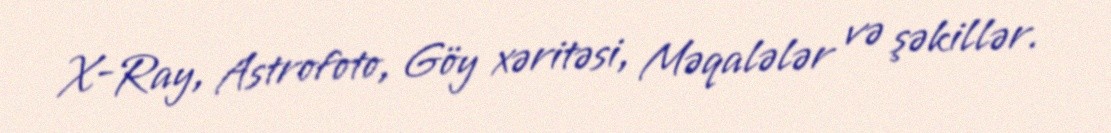
X-Ray, Astrofoto, Göy xəritəsi, Məqalələr və şəkillər.